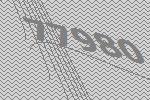
77980